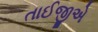
તાઈજીએ